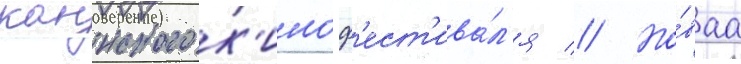
каннского к'иноф'ест'ива́л'я // Но́ваа